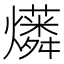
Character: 𤒑